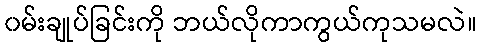
၀မ်းချုပ်ခြင်းကို ဘယ်လိုကာကွယ်ကုသမလဲ။